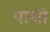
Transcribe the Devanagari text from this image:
पांची